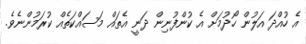
އެ ހުއްދަ އަލުން ހޯދުމަށް އެ ކުންފުނިން ދަނީ އެތައް މަސައްކަތެއް ކުރަމުންނެވެ.